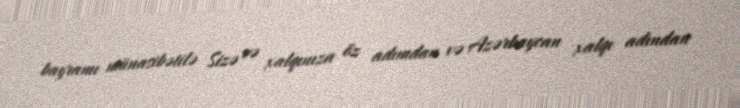
bayramı münasibətilə Sizə və xalqınıza öz adımdan və Azərbaycan xalqı adından